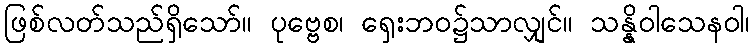
ဖြစ်လတ်သည်ရှိသော်။ ပုဗ္ဗေစ၊ ရှေးဘဝ၌သာလျှင်။ သန္နိဝါသေနဝါ၊